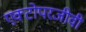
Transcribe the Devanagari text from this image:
एक्टोपरजीवी